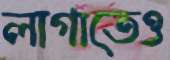
লাগাতেও